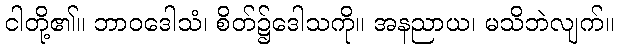
ငါတို့၏။ ဘာဝဒေါသံ၊ စိတ်၌ဒေါသကို။ အနညာယ၊ မသိဘဲလျက်။